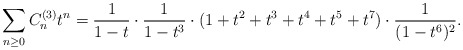
\begin{align*}\sum_{n\geq 0} C_{n}^{(3)}t^n=\frac{1}{1-t}\cdot\frac{1}{1-t^3}\cdot (1+t^2+t^3+t^4+t^5+t^7)\cdot\frac{1}{(1-t^6)^2}.\end{align*}